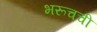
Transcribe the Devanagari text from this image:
भरूचची